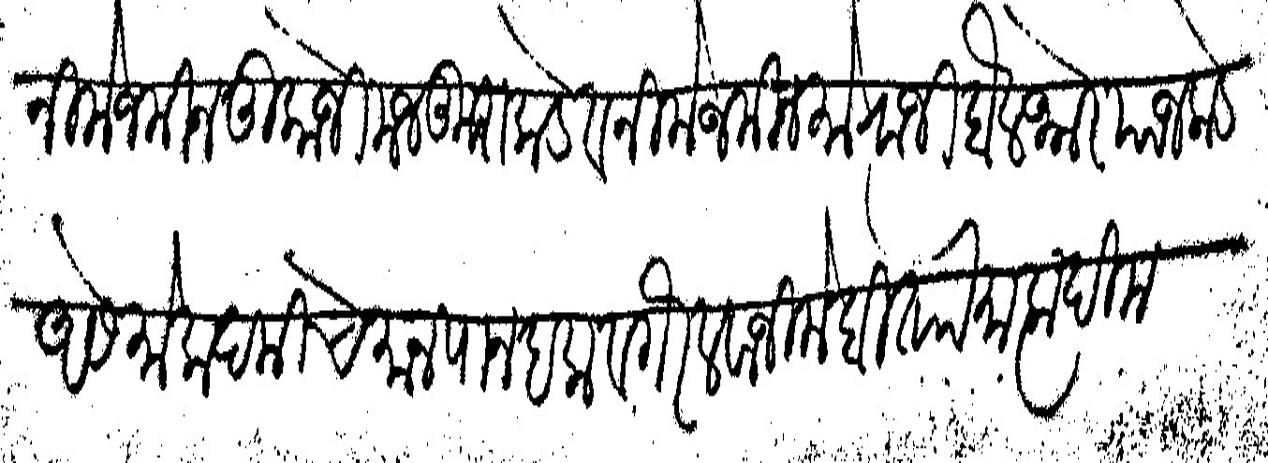
Transliteration (Devanagari): निमे जमीन तुकोजी मजकुराकडे व निमे जमीन मोराजी बैलभोर याजकडे असे मोकदमीचे मानपान हक वगैरे लवाजिमे बिताा मात्कदीम